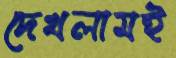
দেখলামই